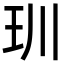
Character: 玔